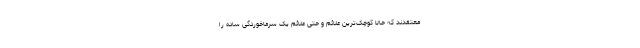
معتقدند که حالا کوچک‌ترین علائم و حتی علائم یک سرماخوردگی ساده را